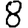
Digit: 8